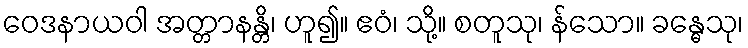
ဝေဒနာယဝါ အတ္တာနန္တိ၊ ဟူ၍။ ဧဝံ၊ သို့။ စတူသု၊ န်သော။ ခန္ဓေသု၊